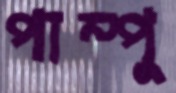
পাম্পু